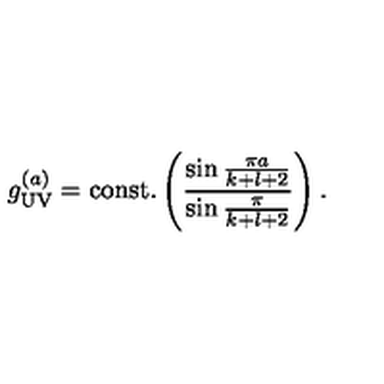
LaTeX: g _ { \tiny \mathrm { U V } } ^ { ( a ) } = \mathrm { c o n s t . } \left( { \frac { \sin { \frac { \pi a } { k + l + 2 } } } { \sin { \frac { \pi } { k + l + 2 } } } } \right) .